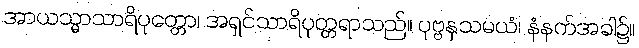
အာယသ္မာသာရိပုတ္တော၊ အရှင်သာရိပုတ္တရာသည်။ ပုဗ္ဗနှသမယံ၊ နံနက်အခါ၌။